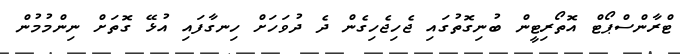
ޓްރާންސްޕޯޓް އޮތޯރިޓީން ބުނިގޮތުގައި ޖެހިޖެހިގެން ދެ ދުވަހަށް ހިނގާފައި އުޅޭ ގޮތަށް ނިންމުމުން